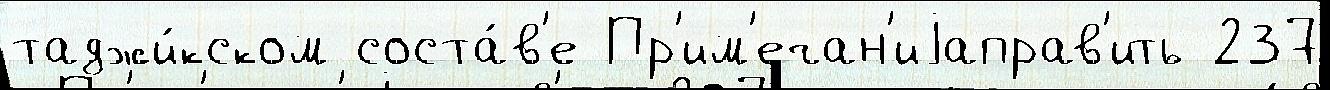
таджи́кском соста́в'е Пр'им'ечан'иjаправ'ить 237